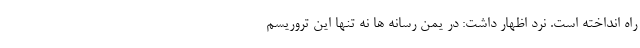
راه انداخته است. نُرد اظهار داشت: در یمن رسانه ها نه تنها این تروریسم